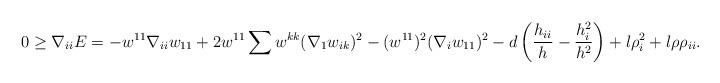
LaTeX: \begin{align*}0\geq \nabla_{ii}E&=-w^{11}\nabla_{ii}w_{11}+2w^{11}\sum w^{kk}(\nabla_{1}w_{ik})^{2}-(w^{11})^{2}(\nabla_{i}w_{11})^{2}-d\left(\frac{h_{ii}}{h}-\frac{h^{2}_{i}}{h^{2}}\right)+l\rho^{2}_{i}+l\rho \rho_{ii}.\end{align*}